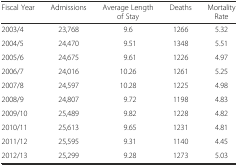
<table><thead><tr><td><b>Fiscal Year</b></td><td><b>Admissions</b></td><td><b>Average Length of Stay</b></td><td><b>Deaths</b></td><td><b>Mortality Rate</b></td></tr></thead><tbody><tr><td>2003/4</td><td>23,768</td><td>9.6</td><td>1266</td><td>5.32</td></tr><tr><td>2004/5</td><td>24,470</td><td>9.51</td><td>1348</td><td>5.51</td></tr><tr><td>2005/6</td><td>24,675</td><td>9.61</td><td>1226</td><td>4.97</td></tr><tr><td>2006/7</td><td>24,016</td><td>10.26</td><td>1261</td><td>5.25</td></tr><tr><td>2007/8</td><td>24,597</td><td>10.28</td><td>1225</td><td>4.98</td></tr><tr><td>2008/9</td><td>24,807</td><td>9.72</td><td>1198</td><td>4.83</td></tr><tr><td>2009/10</td><td>25,489</td><td>9.82</td><td>1228</td><td>4.82</td></tr><tr><td>2010/11</td><td>25,613</td><td>9.65</td><td>1231</td><td>4.81</td></tr><tr><td>2011/12</td><td>25,595</td><td>9.31</td><td>1140</td><td>4.45</td></tr><tr><td>2012/13</td><td>25,299</td><td>9.28</td><td>1273</td><td>5.03</td></tr></tbody></table>